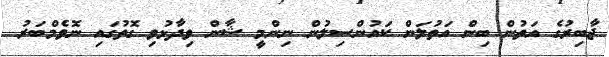
ޖާބިރުގެ އަތުން ބިން އަތުލަން ކައުންސިލުން ނިންމީ ޝާން ވިދާޅުވި ގޮތުގައި ނޮވެމްބަރު